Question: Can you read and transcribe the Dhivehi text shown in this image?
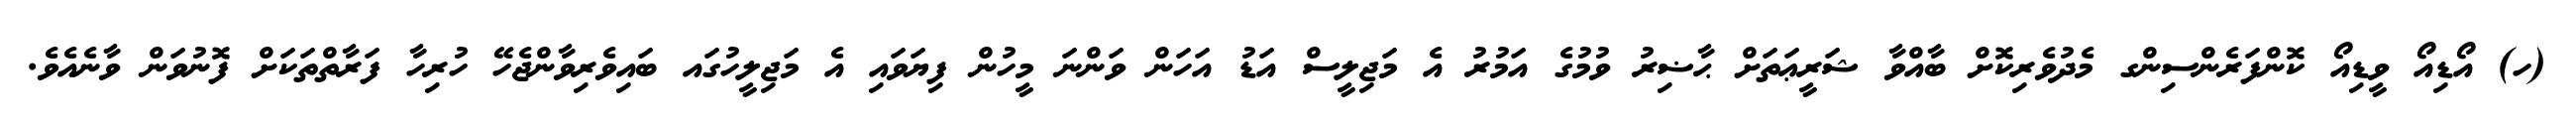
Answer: (ހ) އޯޑިއޯ ވީޑިއޯ ކޮންފަރެންސިންގ މެދުވެރިކޮށް ބާއްވާ ޝަރީޢަތަށް ޙާޟިރު ވުމުގެ އަމުރު އެ މަޖިލީސް އަޑު އަހަން ވަންނަ މީހުން ފިޔަވައި އެ މަޖިލީހުގައ ބައިވެރިވާންޖެހޭ ހުރިހާ ފަރާތްތަކަށް ފޮނުވަން ވާނެއެވެ.